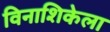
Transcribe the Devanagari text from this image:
विनाशिकेला